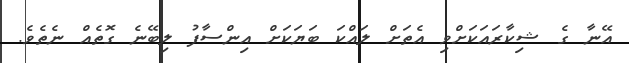
އޭނާ ގެ ޝިކާރައަކަށްވި އެތަށް ލައްކަ ބަޔަކަށް އިންސާފު ލިބޭނެ ގޮތެއް ނެތެވެ.